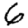
Digit: 6